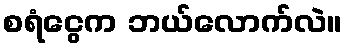
စရံငွေက ဘယ်လောက်လဲ။